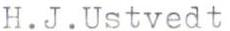
H.J.Ustvedt